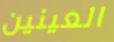
العينين